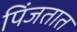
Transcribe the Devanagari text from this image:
पिंजतात